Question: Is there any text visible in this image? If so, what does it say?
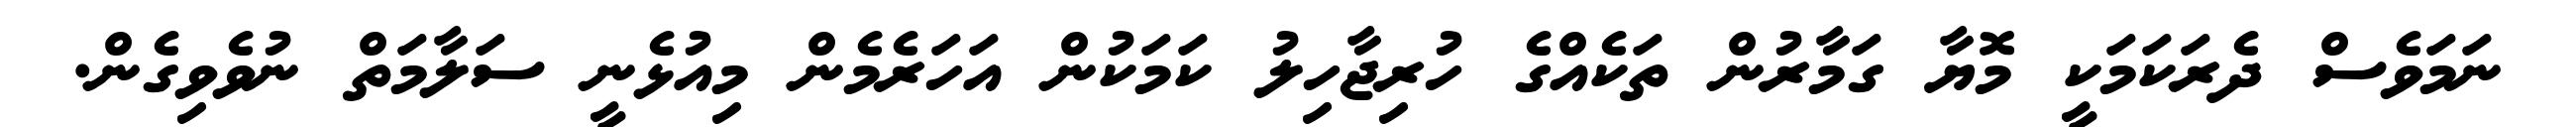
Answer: ނަމަވެސް ދެރަކަމަކީ މޮޔާ ގަމާރުން ތަކެއްގެ ހުރިޖާހިލު ކަމަކުން އަހަރެމެން މިއުޅެނީ ސަލާމަތް ނުވެވިގެން.